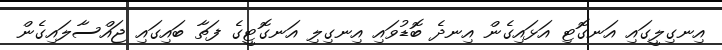
އިނގިލީގައި އަނގޮޓި އަޅައިގެން އިނދެ ބޮޑުވައި އިނގިލި އަނގޮޓީގެ ފަތާ ބައިގައި ޖައްސާލައިގެން